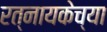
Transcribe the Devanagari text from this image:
रत्नायकेच्या